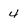
Character: 4